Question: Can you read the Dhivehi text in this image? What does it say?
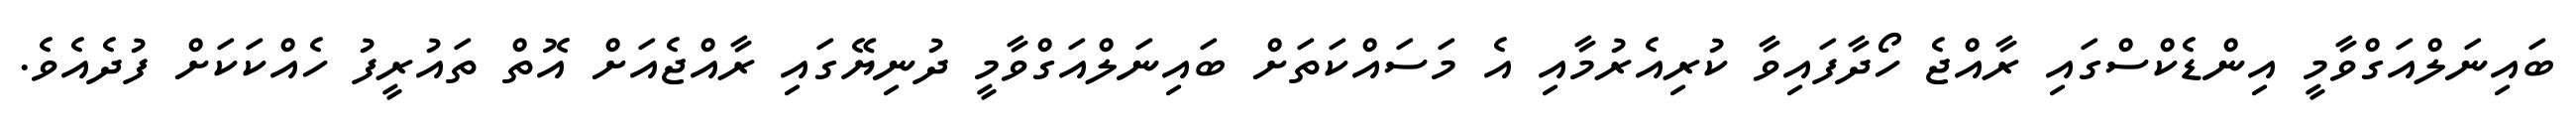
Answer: ބައިނަލްއަގްވާމީ އިންޑެކްސްގައި ރާއްޖެ ހޯދާފައިވާ ކުރިއެރުމާއި އެ މަސައްކަތަށް ބައިނަލްއަގްވާމީ ދުނިޔޭގައި ރާއްޖެއަށް އޮތް ތައުރީފު ހެއްކަކަށް ފުދެއެވެ.